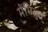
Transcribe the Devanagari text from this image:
मेंमिथुन